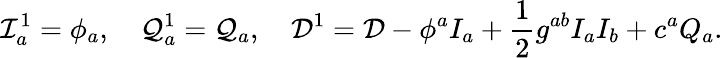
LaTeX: {\cal I}_{a}^{1}=\phi_{a},\quad{\cal Q}_{a}^{1}={\cal Q}_{a},\quad{\cal D}^{1}={\cal D}-\phi^{a}I_{a}+\frac{1}{2}g^{ab}I_{a}I_{b}+c^{a}Q_{a}.